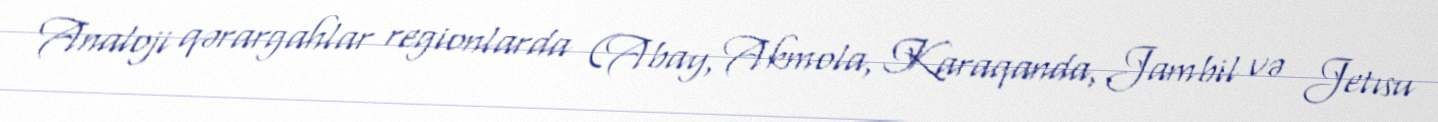
Analoji qərargahlar regionlarda (Abay, Akmola, Karaqanda, Jambil və Jetısu